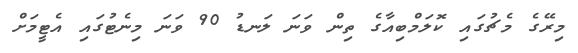
މިރޭގެ މެޗުގައި ކޮލަމްބިއާގެ ތިން ވަނަ ލަނޑު 90 ވަނަ މިނެޓުގައި އެޓީމަށް